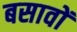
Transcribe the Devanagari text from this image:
बसावों